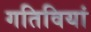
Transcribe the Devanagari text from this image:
गतिवियां